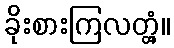
ခိုးစားကြလတ္တံ့။